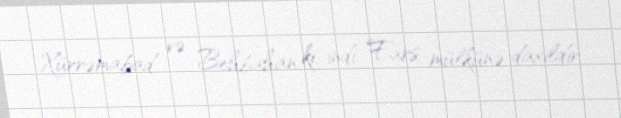
Xürrəmabad və Behbahan ki, indi Fars mülkünə daxildir.